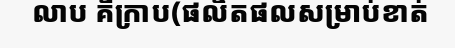
លាប គឺក្រាប(ផលិតផលសម្រាប់ខាត់